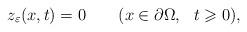
LaTeX: \begin{align*}z_\varepsilon(x,t)=0 \qquad(x\in\partial\Omega,\ \ t\geqslant 0),\end{align*}